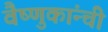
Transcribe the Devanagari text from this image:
वैष्णुकांन्ची